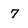
Character: 7